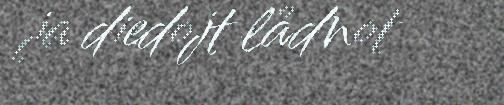
ja diedojt lådnot